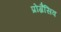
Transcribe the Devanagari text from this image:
प्रोग्रैसिव